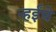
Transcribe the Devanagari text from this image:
न्हईंचे